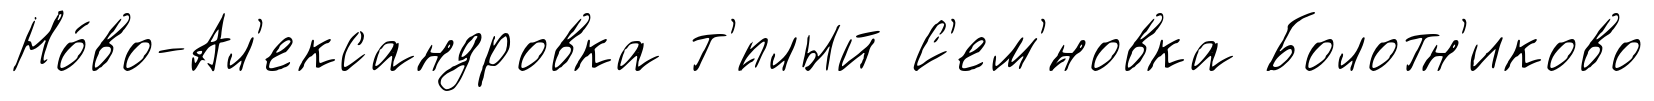
Но́во-Ал'ександровка т'́плый С'ем'́новка Болотн'иково